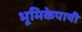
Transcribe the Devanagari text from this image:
भूमिकेपायी